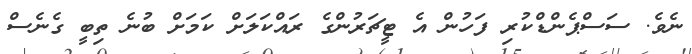
ނެވެ. ސަސްޕެންޑްކުރި ފަހުން އެ ޓީޗަރުންގެ ރައްކަލަށް ކަމަށް ބުނެ ތިބީ ގެނެސް